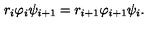
r _ { i } \varphi _ { i } \psi _ { i + 1 } = r _ { i + 1 } \varphi _ { i + 1 } \psi _ { i } .